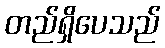
တည်ရှိပေသည်